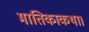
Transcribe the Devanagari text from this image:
मातिकाकथा।